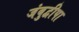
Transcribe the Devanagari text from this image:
जंबुद्वीपा